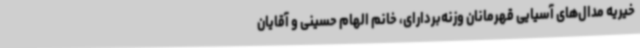
خیریه مدال‌های آسیایی قهرمانان وزنه‌بردارای، خانم الهام حسینی و آقایان